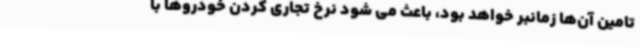
تامین آن‌ها زمانبر خواهد بود، باعث می شود نرخ تجاری کردن خودروها با